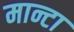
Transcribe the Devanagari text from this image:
मान्टा